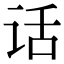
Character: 话